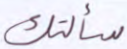
سألتك